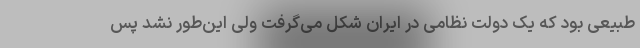
طبیعی بود که یک دولت نظامی در ایران شکل می‌گرفت ولی این‌طور نشد پس